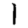
Digit: 1